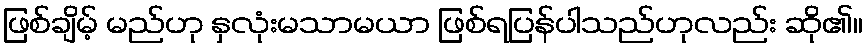
ဖြစ်ချိမ့် မည်ဟု နှလုံးမသာမယာ ဖြစ်ရပြန်ပါသည်ဟုလည်း ဆို၏။